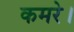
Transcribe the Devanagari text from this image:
कमरे।